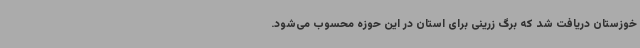
خوزستان دریافت شد که برگ زرینی برای استان در این حوزه محسوب می‌شود.